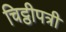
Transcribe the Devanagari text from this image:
चिट्ठीपत्री